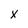
Character: x